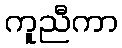
ကူညီကာ